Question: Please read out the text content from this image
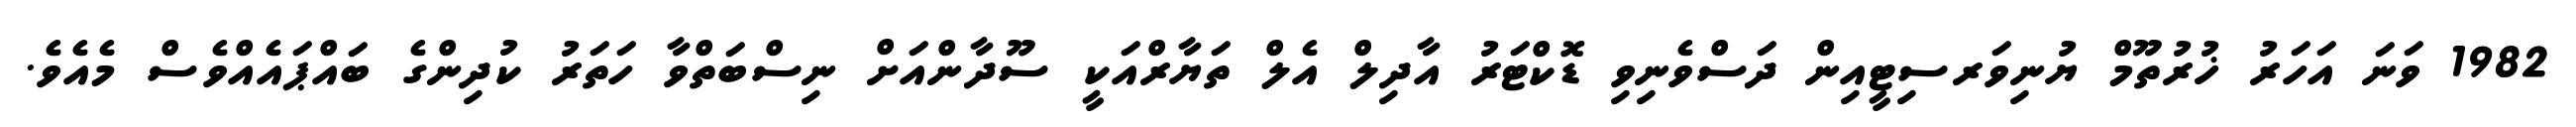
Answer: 1982 ވަނަ އަހަރު ޚުރުތޫމް ޔުނިވަރސިޓީއިން ދަސްވެނިވި ޑޮކްޓަރު އާދިލް އެލް ތަޔާރްއަކީ ސޫދާންއަށް ނިސްބަތްވާ ހަތަރު ކުދިންގެ ބައްޕައެއްވެސް މެއެވެ.